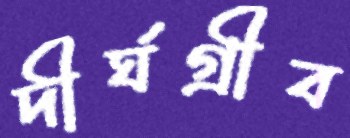
দীর্ঘগ্রীব